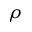
\rho